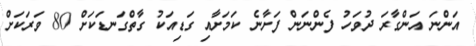
އަންނަ އަންގާރަ ދުވަހު ފެންނަން ފަށާނެ ކަމަށާއި ގަޑިއަކު ގާތްގަނޑަކަށް 80 ވަރަކަށް